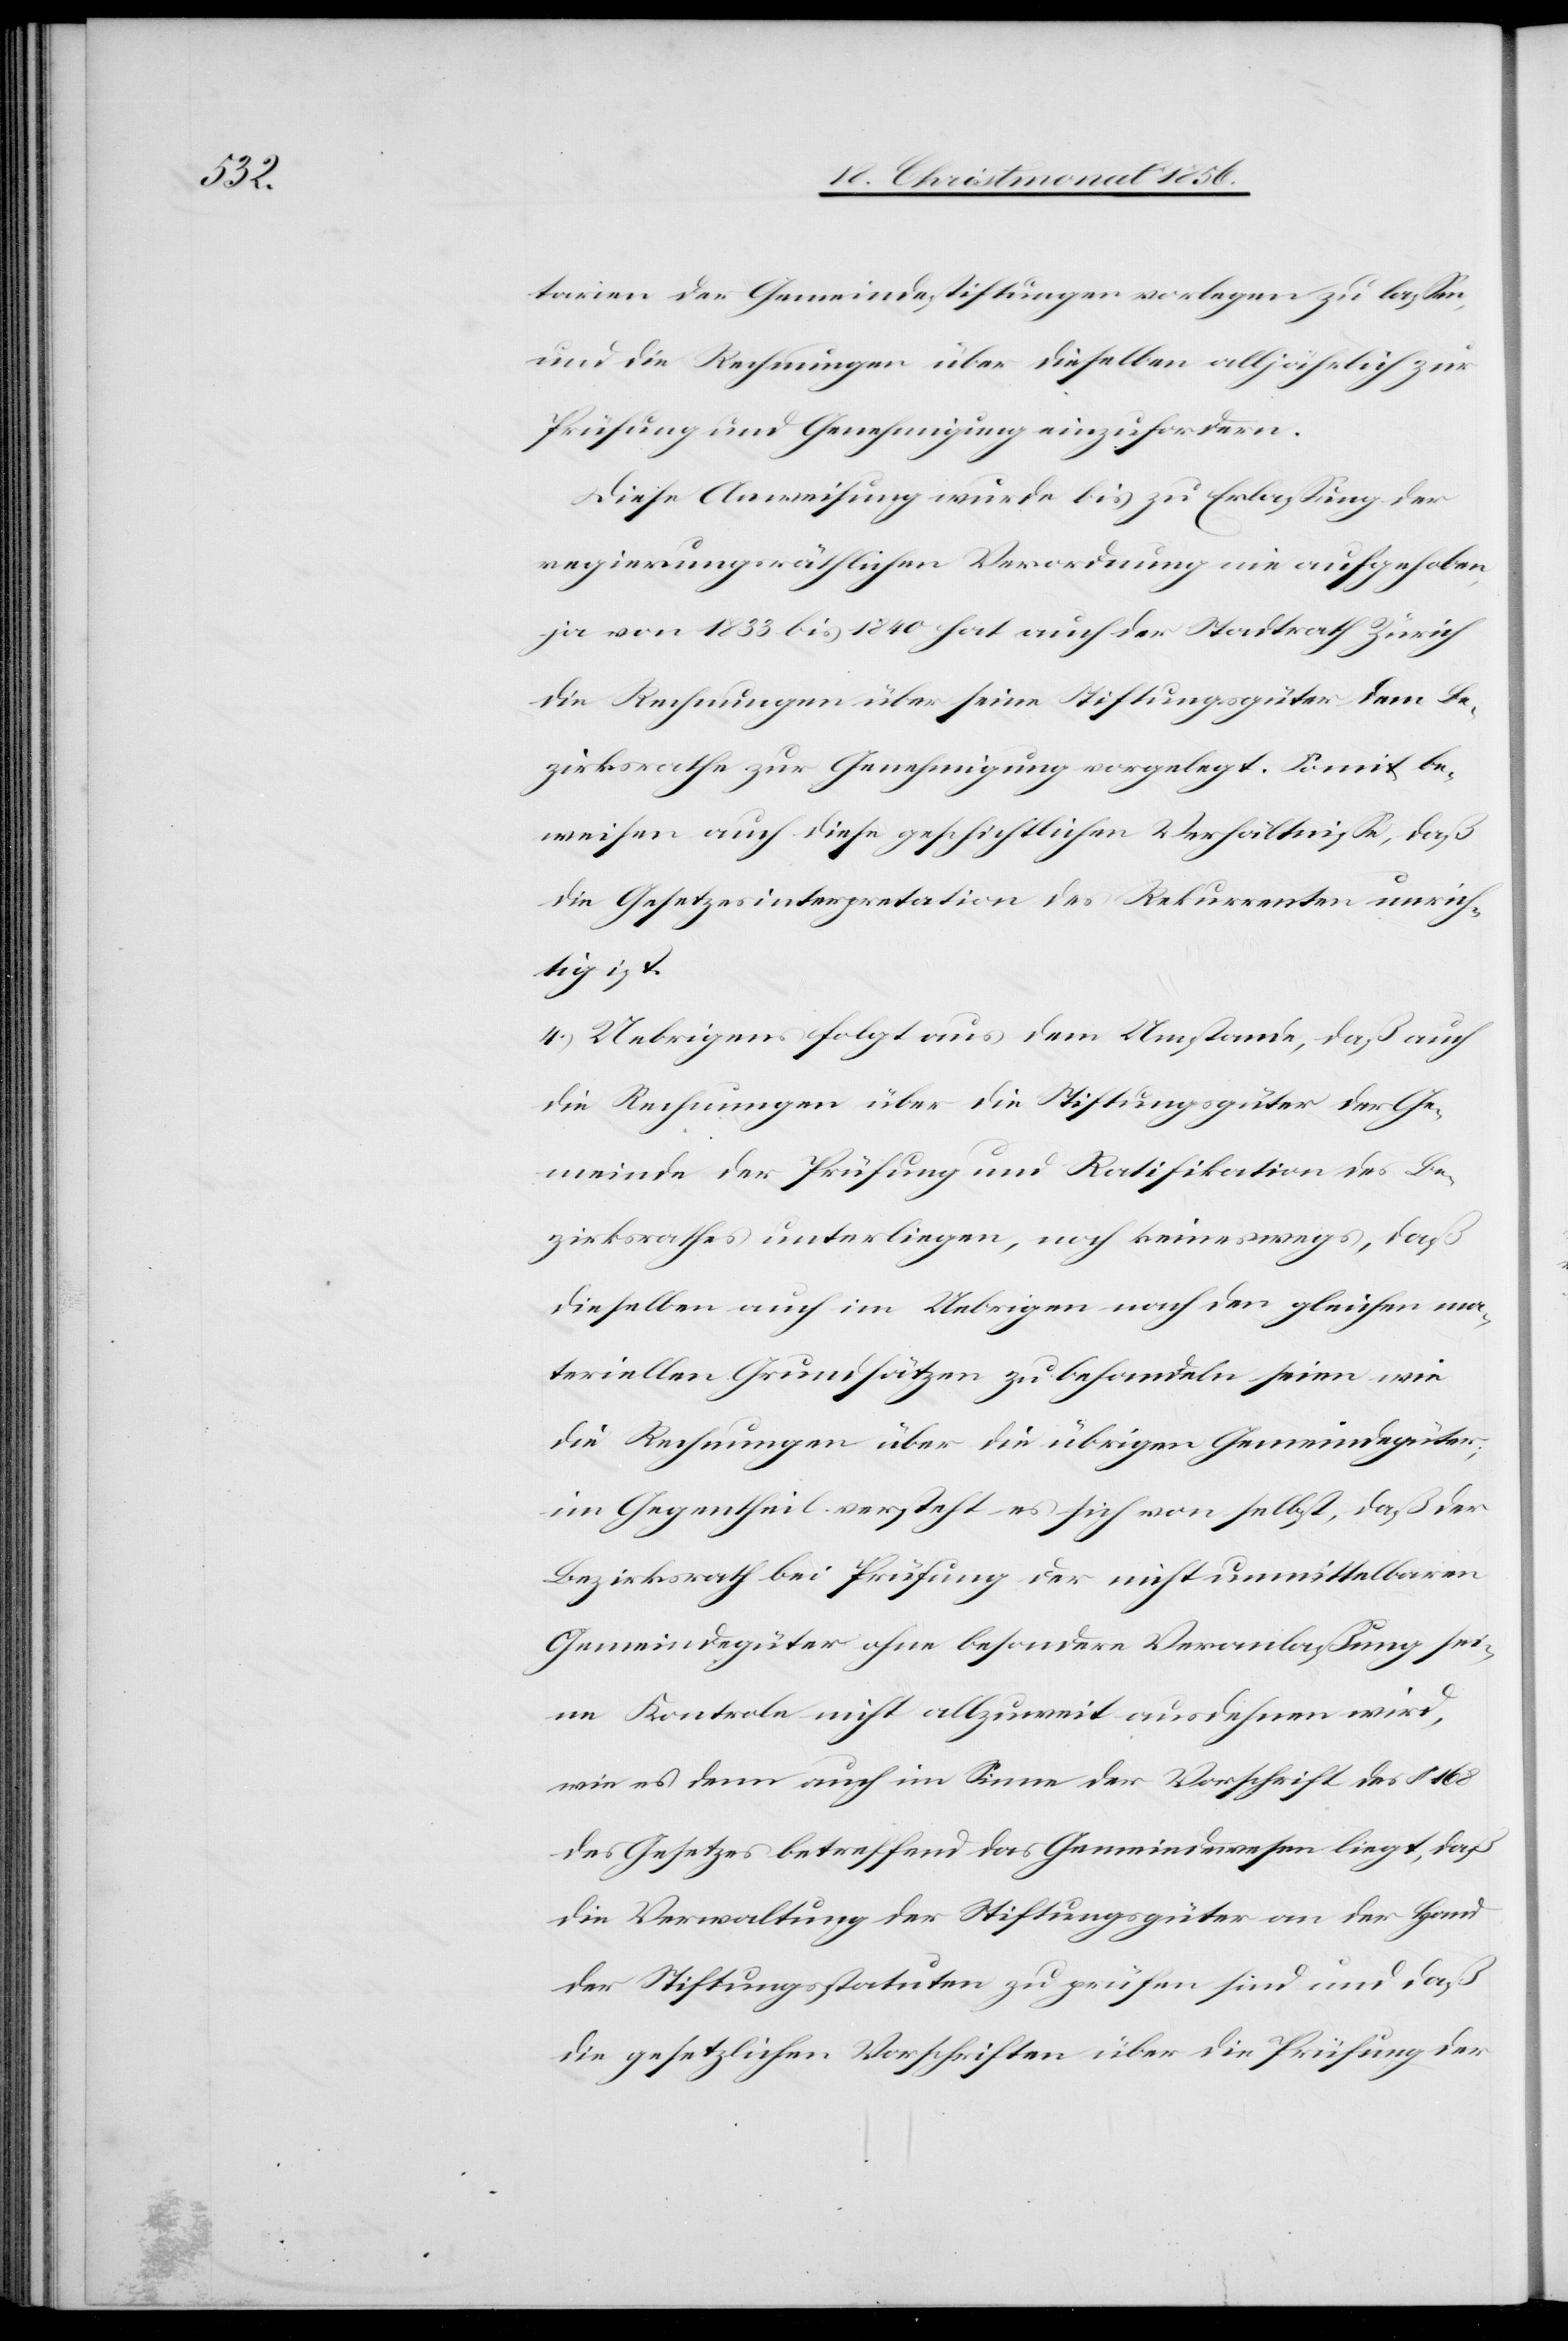
tarien der Gemeindestiftungen vorlegen zu lassen,
und die Rechnungen über dieselben alljährlich zu
Prüfung und Genehmigung einzufordern.
Diese Anweisung wurde bis zu Erlassung der
regierungsräthlichen Verordnung nie aufgehoben,
ja von 1833 bis 1840 hat auch der Stadtrath Zürich
die Rechnungen über seine Stiftungsgüter dem Be¬
zirksrathe zur Genehmigung vorgelegt. Somit be¬
weisen auch diese geschichtlichen Verhältnisse, daß
die Gesetzesinterpretation des Rekurrenten unrich¬
tig ist.
4.) Uebrigens folgt aus dem Umstande, daß auch
die Rechnungen über die Stiftungsgüter der Ge¬
meinde der Prüfung und Ratifikation des Be¬
zirksrathes unterliegen, noch keineswegs, daß
dieselben auch im Uebrigen nach den gleichen ma¬
teriellen Grundsätzen zu behandeln seien wie
die Rechnungen über die übrigen Gemeindegüter,
im Gegentheil versteht es sich von selbst, das der
Bezirksrath bei Prüfung der nicht unmittelbaren
Gemeindegüter ohne besondere Veranlaßung sei¬
ne Kontrole nicht allzuweit ausdehnen wird,
wie es denn auch im Sinne der Vorschrift des §
des Gesetzes betreffend das Gemeindewesen liegt, daß
die Verwaltung der Stiftungsgüter an der Hand
der Stiftungsstatuten zu prüfen sind und daß
die gesetzlichen Vorschriften über die Prüfung der